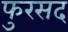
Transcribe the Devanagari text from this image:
फुरसद